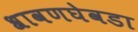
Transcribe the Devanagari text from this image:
श्रावणघेवडा